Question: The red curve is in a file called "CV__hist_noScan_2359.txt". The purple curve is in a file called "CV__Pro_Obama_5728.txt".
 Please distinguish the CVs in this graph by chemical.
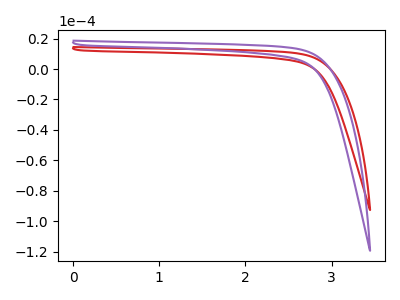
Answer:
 <answer>The red curve is labeled "hist". The purple curve is labeled "Pro".</answer>
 <eval></eval>